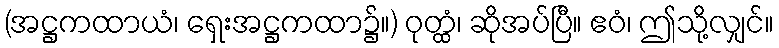
(အဋ္ဌကထာယံ၊ ရှေးအဋ္ဌကထာ၌။) ဝုတ္ထံ၊ ဆိုအပ်ပြီ။ ဧဝံ၊ ဤသို့လျှင်။